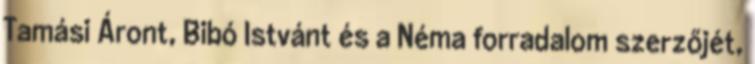
Tamási Áront, Bibó Istvánt és a Néma forradalom szerzőjét,